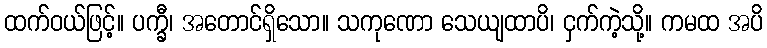
ထက်ဝယ်ဖြင့်။ ပက္ခီ၊ အတောင်ရှိသော။ သကုဏော သေယျထာပိ၊ ငှက်ကဲ့သို့။ ကမထ အပိ